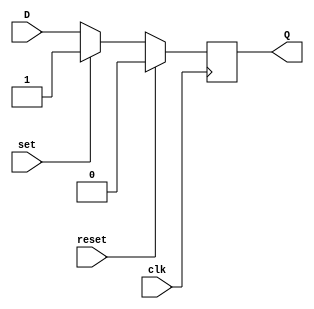
module DFF (
    input wire clk,
    input wire reset,
    input wire set,
    input wire D,
    output reg Q
);

always @(posedge clk) begin
    if (reset)
        Q <= 1'b0;
    else if (set)
        Q <= 1'b1;
    else
        Q <= D;
end

endmodule